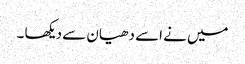
میں نے اسے دھیان سے دیکھا ۔